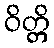
ဝိတ္တိ